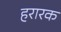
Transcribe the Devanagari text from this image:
हरारक